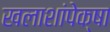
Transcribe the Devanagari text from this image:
खलाशांपेक्षा